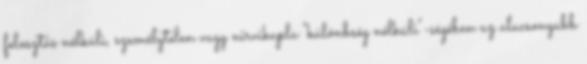
felosztás nélküli, személytelen vagy nirvikapla "különbség nélküli"-ségében az alacsonyabb